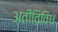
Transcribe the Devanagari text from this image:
अतीविविध